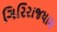
ગિરિરાજધામ